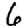
Digit: 6